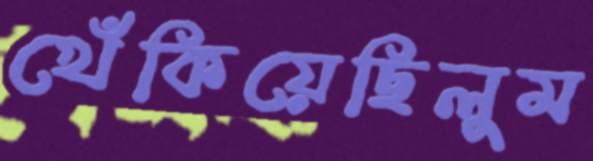
খেঁকিয়েছিলুম